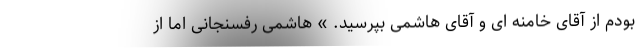
بودم از آقای خامنه ای و آقای هاشمی بپرسید. » هاشمی رفسنجانی اما از